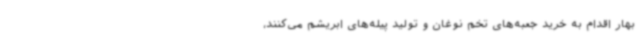
بهار اقدام به خرید جعبه‌های تخم نوغان و تولید پیله‌های ابریشم می‌کنند،